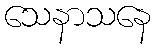
သေနာသနေ